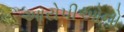
આરોપીઓનો